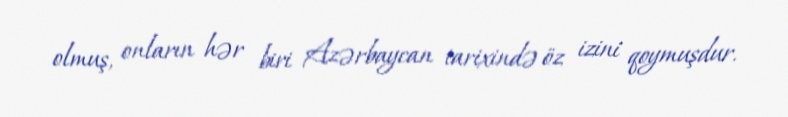
olmuş, onların hər biri Azərbaycan tarixində öz izini qoymuşdur.